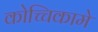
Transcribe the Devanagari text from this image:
कोच्चिकामे